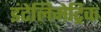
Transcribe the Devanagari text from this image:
इंटेलिमेट्रिक